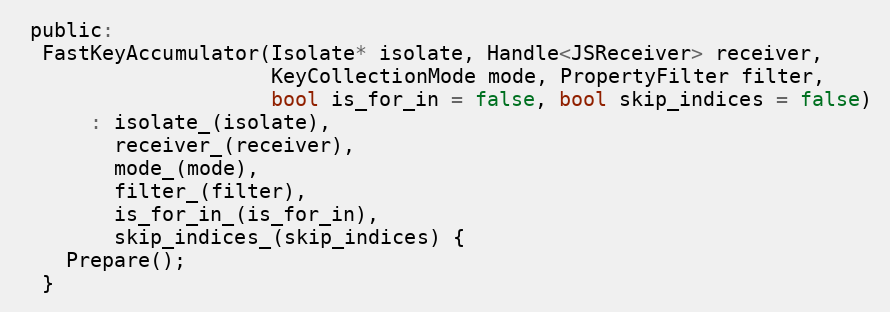
Language: C
 public:
  FastKeyAccumulator(Isolate* isolate, Handle<JSReceiver> receiver,
                     KeyCollectionMode mode, PropertyFilter filter,
                     bool is_for_in = false, bool skip_indices = false)
      : isolate_(isolate),
        receiver_(receiver),
        mode_(mode),
        filter_(filter),
        is_for_in_(is_for_in),
        skip_indices_(skip_indices) {
    Prepare();
  }